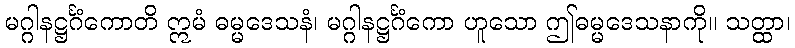
မဂ္ဂါနဋ္ဌင်္ဂံကောတိ ဣမံ ဓမ္မဒေသနံ၊ မဂ္ဂါနဋ္ဌင်္ဂံကော ဟူသော ဤဓမ္မဒေသနာကို။ သတ္ထာ၊